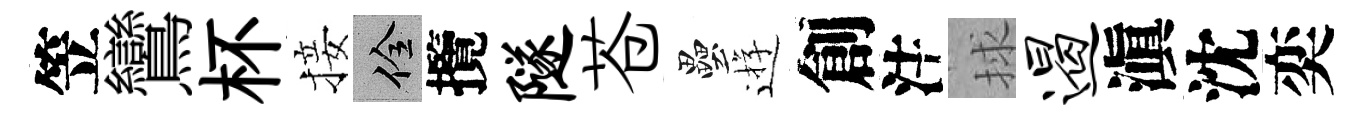
笠鸞杯接佺攬隧苍壘逰創注捄遏滇沈奕